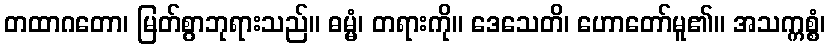
တထာဂတော၊ မြတ်စွာဘုရားသည်။ ဓမ္မံ၊ တရားကို။ ဒေသေတိ၊ ဟောတော်မူ၏။ အသက္ကစ္စံ၊